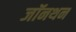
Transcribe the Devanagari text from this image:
जॉनथन